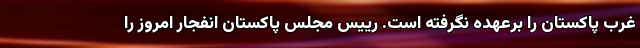
غرب پاکستان را برعهده نگرفته است. رییس مجلس پاکستان انفجار امروز را